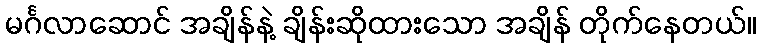
မင်္ဂလာဆောင် အချိန်နဲ့ ချိန်းဆိုထားသော အချိန် တိုက်နေတယ်။